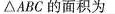
△ABC的面积为